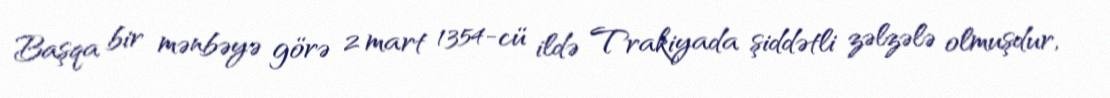
Başqa bir mənbəyə görə 2 mart 1354-cü ildə Trakiyada şiddətli zəlzələ olmuşdur,